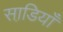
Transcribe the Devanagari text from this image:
साडि़याँ